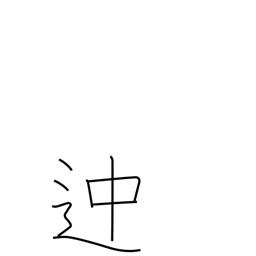
Meaning: some way or other